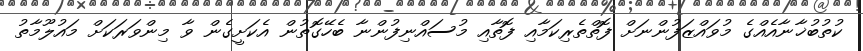
ކުތުބުޚާނާއެއްގެ މުވައްޒަފުންނަށް ފޮތްތެރިކަމާއި ފޮތާއި މުސައްނިފުންނާ ބެހޭގޮތުން އެކަށީގެން ވާ މިންވަރަކަށް މައުލޫމާތު